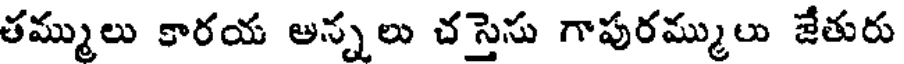
తమ్ములు కారయ అన్నలు చస్తెను గాపురమ్ములు జేతురు